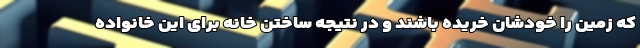
که زمین را خودشان خریده باشند و در نتیجه ساختن خانه برای این خانواده